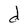
Character: d